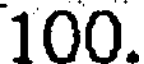
100.